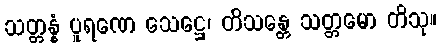
သတ္တန္နံ ပူရဏေ သေဋ္ဌေ၊ တိသန္တေ သတ္တမော တိသု။